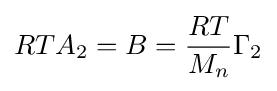
RTA_{2}=B={RT \over M_{n}}\Gamma _{2}